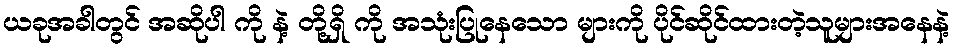
ယခုအခါတွင် အဆိုပါ ကို နဲ့ တို့ရှိ ကို အသုံးပြုနေသော များကို ပိုင်ဆိုင်ထားတဲ့သူများအနေနဲ့